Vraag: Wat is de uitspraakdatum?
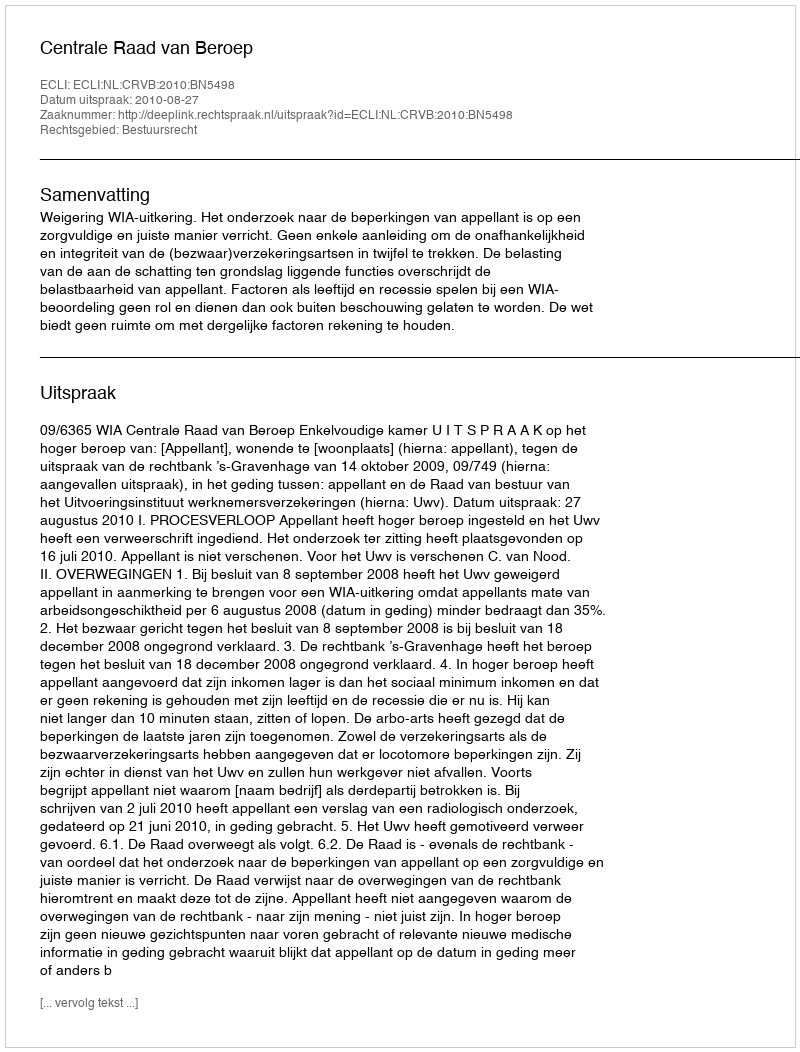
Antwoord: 2010-08-27